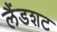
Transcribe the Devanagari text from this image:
लैंडशट